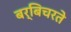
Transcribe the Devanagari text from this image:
बर्बिचरते